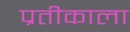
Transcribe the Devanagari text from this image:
प्रतीकाला